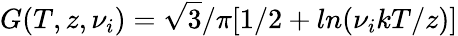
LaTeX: G(T,z,\nu_{i})=\sqrt 3/\pi[1/2+ln(\nu_{i}kT/z)]